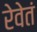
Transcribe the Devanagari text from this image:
रेवेतं